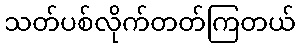
သတ်ပစ်လိုက်တတ်ကြတယ်